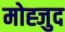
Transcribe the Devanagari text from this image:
मोह्जुद